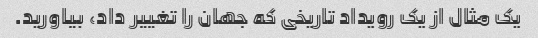
یک مثال از یک رویداد تاریخی که جهان را تغییر داد، بیاورید.